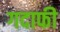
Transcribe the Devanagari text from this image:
गदाफी